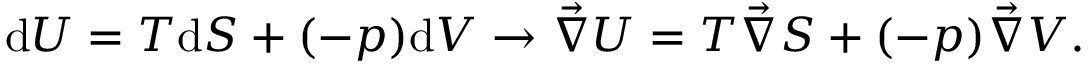
\mathrm { d } U = T \mathrm { d } S + ( - p ) \mathrm { d } V \rightarrow \vec { \nabla } U = T \vec { \nabla } S + ( - p ) \vec { \nabla } V .